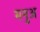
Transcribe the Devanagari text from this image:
मनुअ